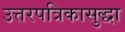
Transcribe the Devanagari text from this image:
उत्तरपत्रिकासुद्धा